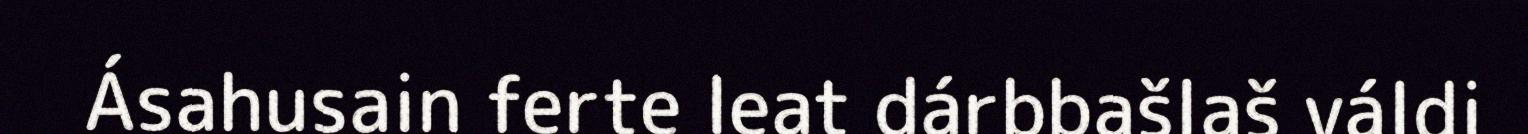
Ásahusain ferte leat dárbbašlaš váldi